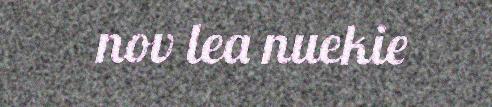
nov lea nuekie